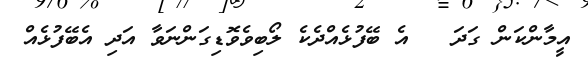
އީމާންކަން ގަދަ   އެ ބޭފުޅެއްދެކެ ލޯބިވެވޮޑިގަންނަވާ އަދި އެބޭފުޅެއް